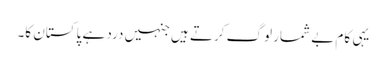
یہی کام بے شمار لوگ کرتے ہیں جنہیں درد ہے پاکستان کا۔